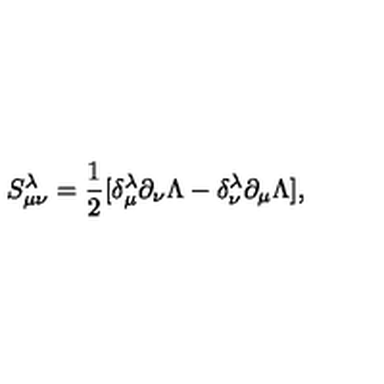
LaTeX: S _ { \mu \nu } ^ { \lambda } = \frac { 1 } { 2 } [ \delta _ { \mu } ^ { \lambda } \partial _ { \nu } \Lambda - \delta _ { \nu } ^ { \lambda } \partial _ { \mu } \Lambda ] ,